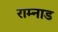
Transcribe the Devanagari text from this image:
राम्नाड